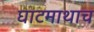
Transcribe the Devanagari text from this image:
घाटमाथाच